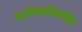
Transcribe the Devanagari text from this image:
कार्यशाळेबाहेर